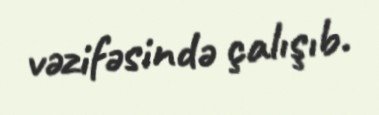
vəzifəsində çalışıb.